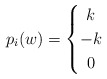
\begin{align*} p_i(w)= \left\{\def\arraystretch{1.2} \begin{array}{@{}c@{\quad}l@{}} k & \\ -k & \\ 0 & \\ \end{array}\right.\end{align*}